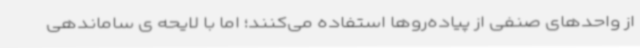
از واحدهای صنفی از پیاده‌روها استفاده می‌کنند؛ اما با لایحه ی ساماندهی